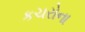
કચરોના